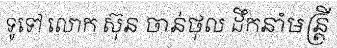
ទូទៅ លោក ស៊ុន ចាន់ថុល ដឹកនាំមន្ត្រី